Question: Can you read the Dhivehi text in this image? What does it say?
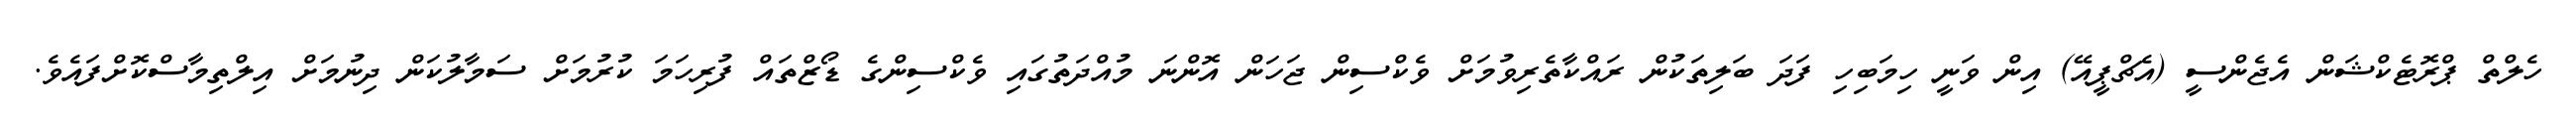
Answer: ހެލްތް ޕްރޮޓެކްޝަން އެޖެންސީ (އެޗްޕީއޭ) އިން ވަނީ ހިމަބިހި ފަދަ ބަލިތަކުން ރައްކާތެރިވުމަށް ވެކްސިން ޖަހަން އޮންނަ މުއްދަތުގައި ވެކްސިންގެ ޑޯޒްތައް ފުރިހަމަ ކުރުމަށް ސަމާލުކަން ދިނުމަށް އިލްތިމާސްކޮށްފައެވެ.